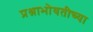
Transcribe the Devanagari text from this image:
प्रश्नाभोवतीच्या